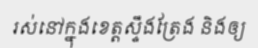
រស់នៅក្នុងខេត្តស្ទឹងត្រែង និងឲ្យ